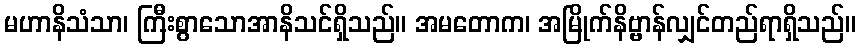
မဟာနိသံသာ၊ ကြီးစွာသောအာနိသင်ရှိသည်။ အမတောက၊ အမြိုက်နိဗ္ဗာန်လျှင်တည်ရာရှိသည်။